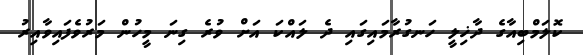
ކޮލަމްބިއާގެ ދާޚިލީ ހަނގުރާމައިގައި ދެ ލައްކަ އަށް ވުރެ ގިނަ މީހުން މަރުވެފައިވާއިރު